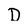
Character: D